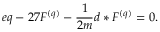
e q - 2 7 F ^ { ( q ) } - \frac { 1 } { 2 m } d \ast F ^ { ( q ) } = 0 .